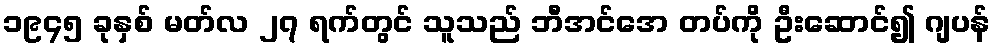
၁၉၄၅ ခုနှစ် မတ်လ ၂၇ ရက်တွင် သူသည် ဘီအင်အေ တပ်ကို ဦးဆောင်၍ ဂျပန်